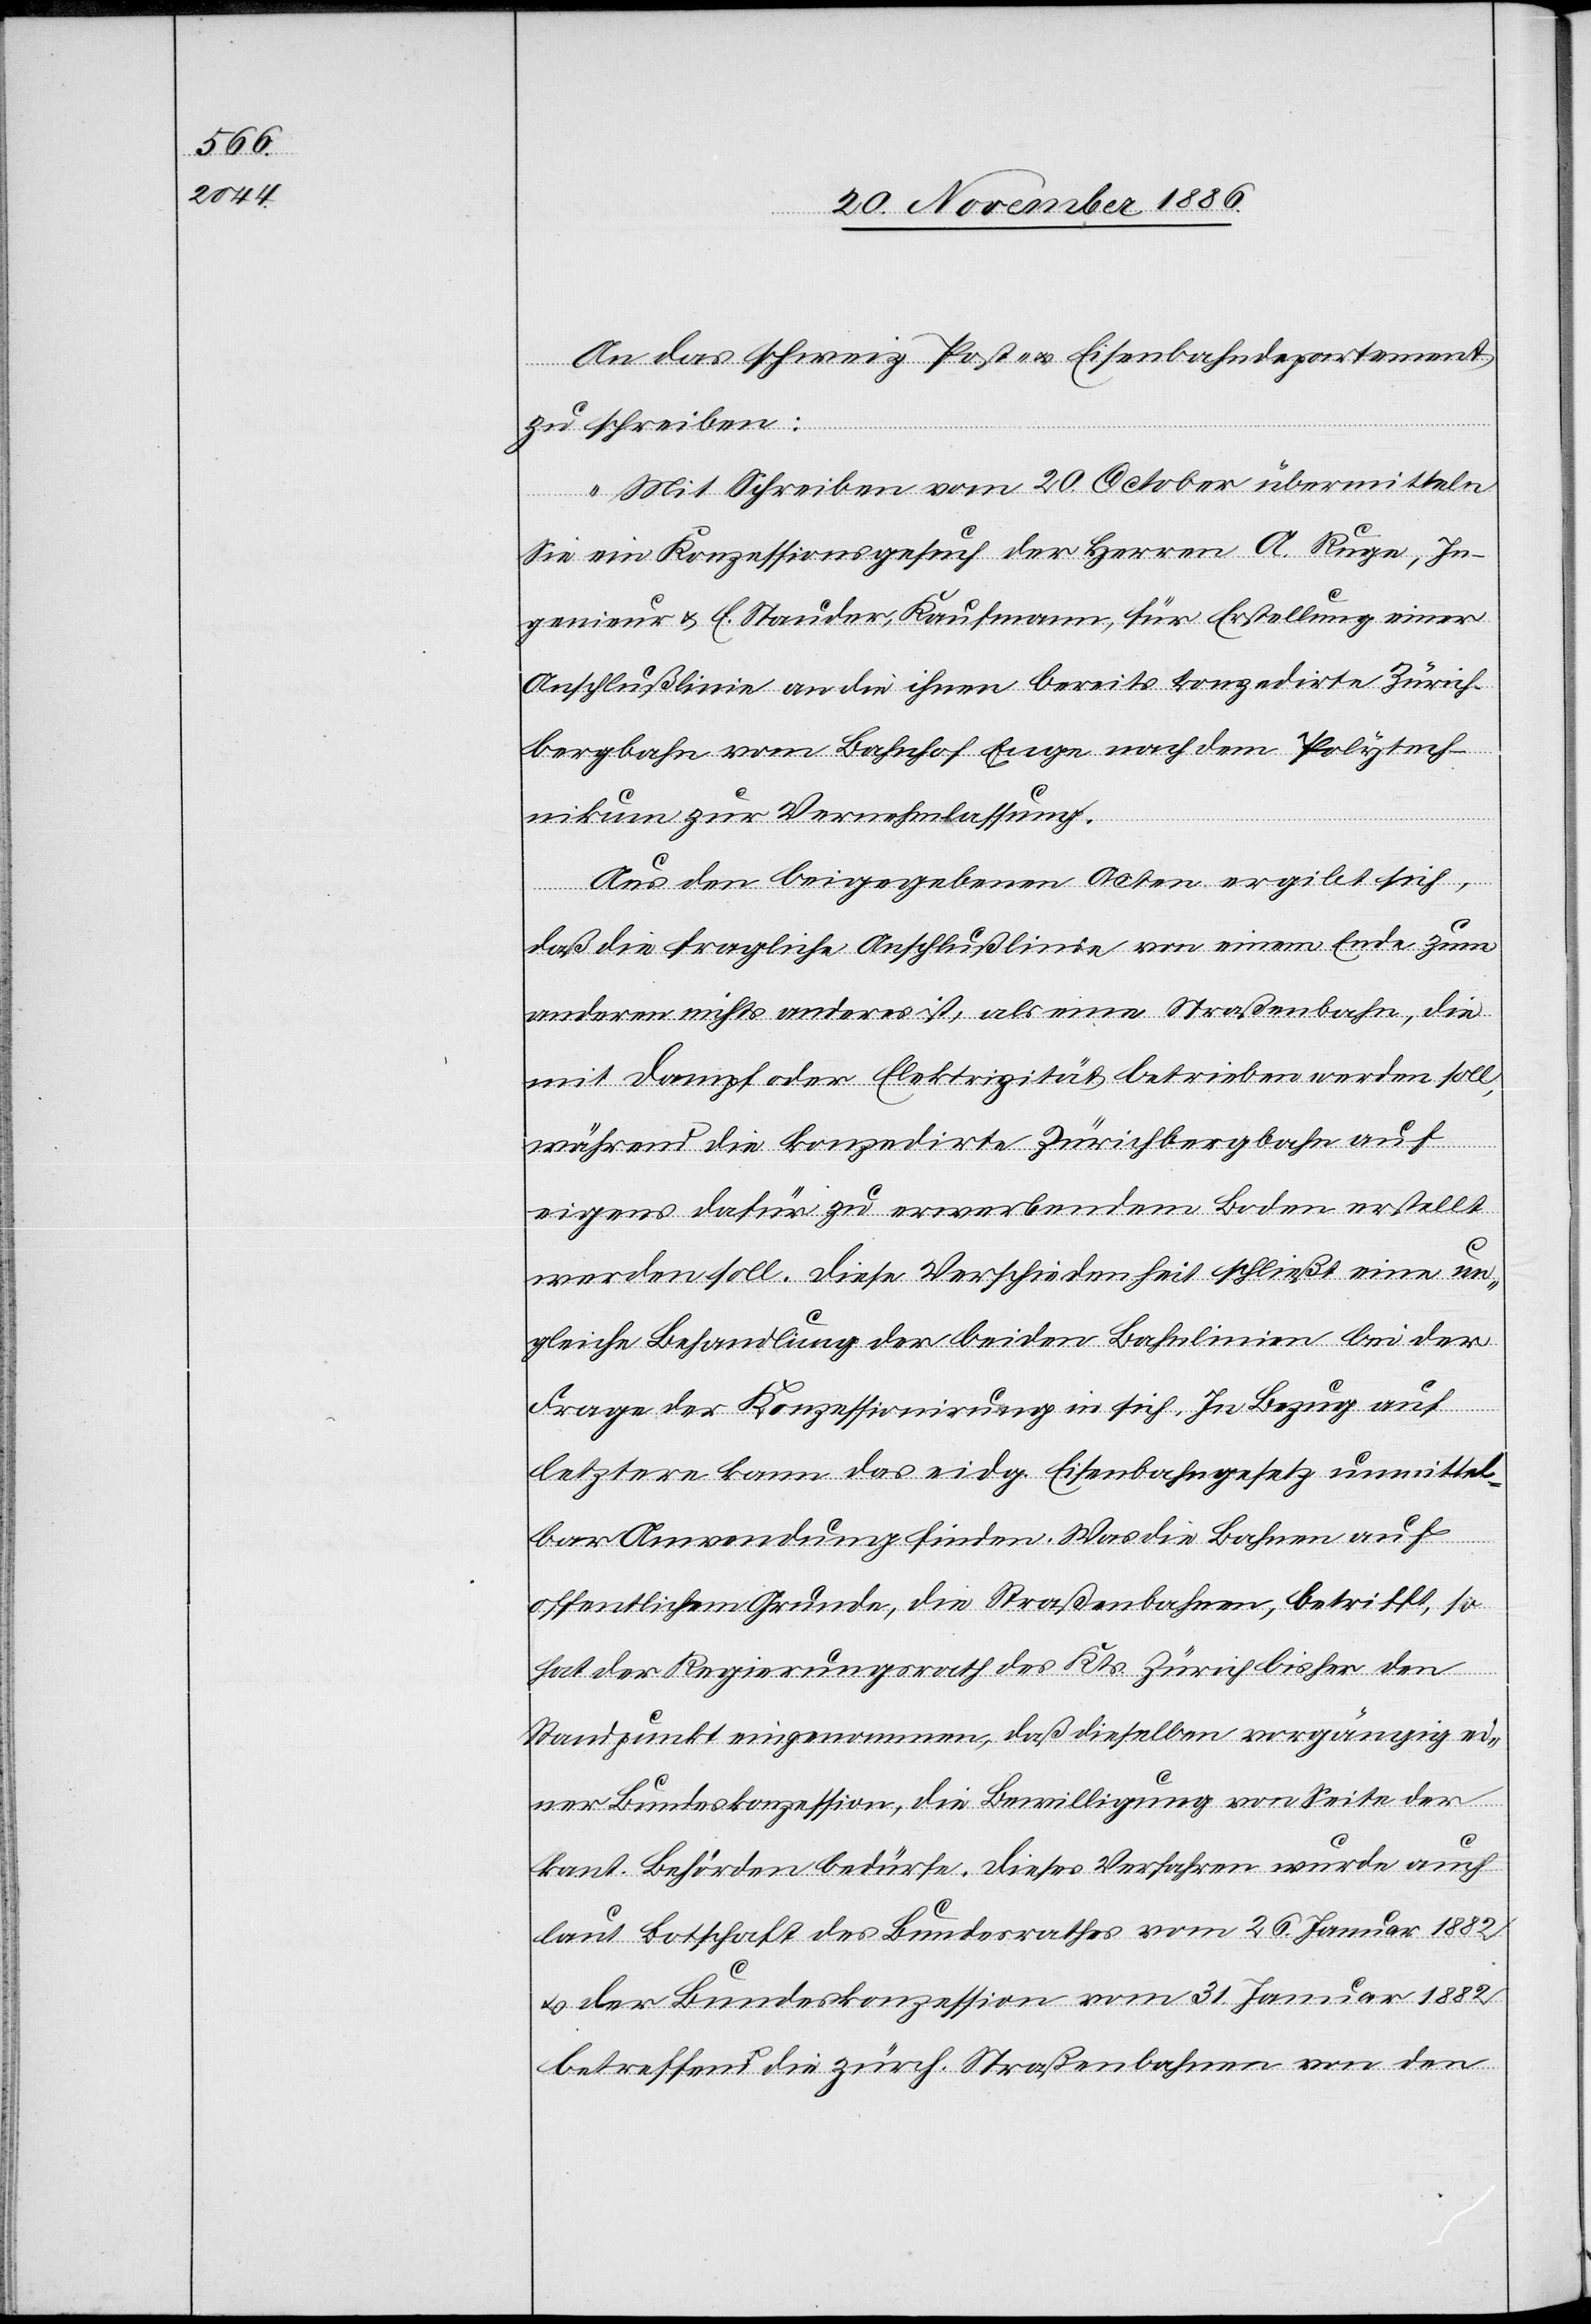
An das schweiz. Post- & Eisenbahndepartement
zu schreiben:
„Mit Schreiben vom 20. October übermitteln
Sie ein Konzessionsgesuch der Herren A. Ruge, In¬
genieur & E. Stauder, Kaufmann, für Erstellung einer
Anschlußlinie an die ihnen bereits konzedirte Zürich¬
bergbahn vom Bahnhof Enge nach dem Polytech¬
nikum zur Vernehmlassung.
Aus den beigegebenen Acten ergibt sich,
daß die fragliche Anschlußlinie von einem Ende zum
anderen nichts anderes ist, als eine Straßenbahn, die
mit Dampf oder Elektrizität betrieben werden soll,
während die konzedirte Zürichbergbahn auf
eigens dafür zu erwerbendem Boden erstellt
werden soll. Diese Verschiedenheit schließt eine un¬
gleiche Behandlung der beiden Bahnlinien bei der
Frage der Konzessionirung in sich. In Bezug auf
letztere kann das eidg. Eisenbahngesetz unmittel¬
bar Anwendung finden. Was die Bahnen auf
offentlichem [sic!] Grunde, die Straßenbahnen, betrifft, so
hat der Regierungsrath des Kts. Zürich bisher den
Standpunkt eingenommen, daß dieselben vorgängig ei¬
ner Bundeskonzession, die Bewilligung von Seite der
kant. Behörden bedürfe. Dieses Verfahren wurde auch
laut Botschaft des Bundesrathes vom 26. Januar 1882
& der Bundeskonzession vom 31. Januar 1882
betreffend die zürch. Straßenbahnen von den